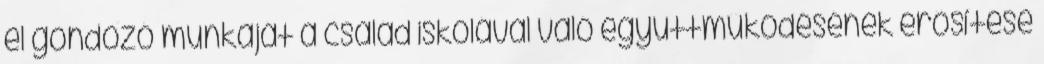
el gondozó munkáját a család iskolával való együttműködésének erősítése